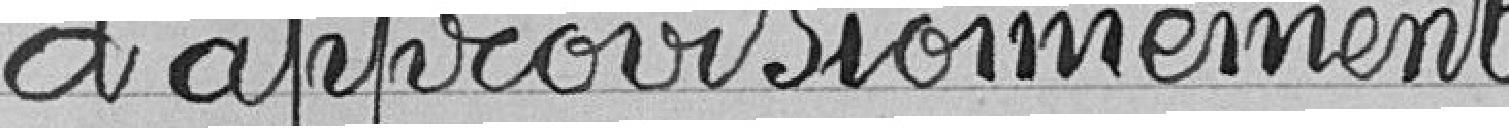
d'approvisionnement